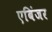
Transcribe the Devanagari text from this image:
एबिंजर